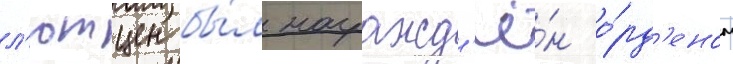
л'ютцен бы́л награжд'ё́н о́рд'еном